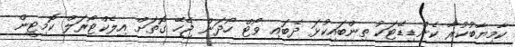
ކާމިޔާބުކުރާ ކެންޑިޑޭޓަކު ތިންބައިކުޅަ ދެބައި ވޯޓް ހޯދަން ޖެހޭ ގޮތަށް އިލެކްޓޯރަލް ކޮމިޓީން